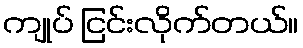
ကျုပ် ငြင်းလိုက်တယ်။